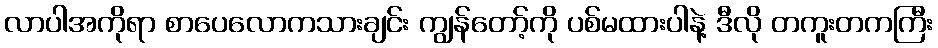
လာပါအကိုရာ စာပေလောကသားချင်း ကျွန်တော့်ကို ပစ်မထားပါနဲ့ ဒီလို တကူးတကကြီး